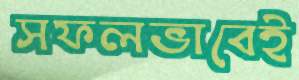
সফলভাবেই